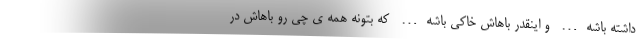
داشته باشه… و اینقدر باهاش خاکی باشه… که بتونه همه ی چی رو باهاش در